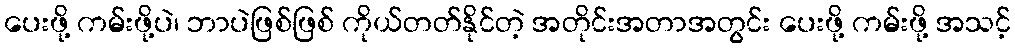
ပေးဖို့ ကမ်းဖို့ပဲ၊ ဘာပဲဖြစ်ဖြစ် ကိုယ်တတ်နိုင်တဲ့ အတိုင်းအတာအတွင်း ပေးဖို့ ကမ်းဖို့ အသင့်